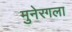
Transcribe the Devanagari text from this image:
मुनेरगला